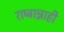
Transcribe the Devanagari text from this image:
राष्ट्रान्नाही